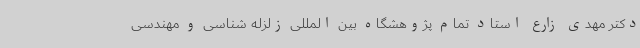
دکتر مهدی زارع استاد تمام پژوهشگاه بین المللی زلزله شناسی و مهندسی